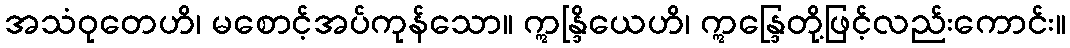
အသံဝုတေဟိ၊ မစောင့်အပ်ကုန်သော။ ဣန္ဒြိယေဟိ၊ ဣန္ဒြေတို့ဖြင့်လည်းကောင်း။